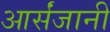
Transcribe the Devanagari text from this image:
आर्संजानी